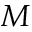
M